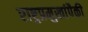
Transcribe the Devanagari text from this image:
राष्ट्रप्रमुखांपैकी